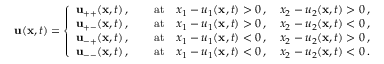
{ \mathbf { u } } ( { \mathbf { x } } , t ) = \left\{ \begin{array} { c } { { \mathbf { u } } _ { + + } ( { \mathbf { x } } , t ) \, , \qquad \mathrm { a t } \quad x _ { 1 } - u _ { 1 } ( { \mathbf { x } } , t ) > 0 \, , \quad x _ { 2 } - u _ { 2 } ( { \mathbf { x } } , t ) > 0 \, , } \\ { { \mathbf { u } } _ { + - } ( { \mathbf { x } } , t ) \, , \qquad \mathrm { a t } \quad x _ { 1 } - u _ { 1 } ( { \mathbf { x } } , t ) > 0 \, , \quad x _ { 2 } - u _ { 2 } ( { \mathbf { x } } , t ) < 0 \, , } \\ { { \mathbf { u } } _ { - + } ( { \mathbf { x } } , t ) \, , \qquad \mathrm { a t } \quad x _ { 1 } - u _ { 1 } ( { \mathbf { x } } , t ) < 0 \, , \quad x _ { 2 } - u _ { 2 } ( { \mathbf { x } } , t ) > 0 \, , } \\ { { \mathbf { u } } _ { -- } ( { \mathbf { x } } , t ) \, , \qquad \mathrm { a t } \quad x _ { 1 } - u _ { 1 } ( { \mathbf { x } } , t ) < 0 \, , \quad x _ { 2 } - u _ { 2 } ( { \mathbf { x } } , t ) < 0 \, . } \end{array} \right.